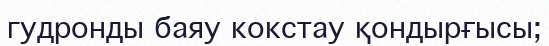
гудронды баяу кокстау қондырғысы;